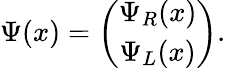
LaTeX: \Psi(x)=\left(\begin{array}{c}{{\Psi_{R}(x)}}\\ {{\Psi_{L}(x)}}\end{array}\right).